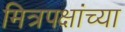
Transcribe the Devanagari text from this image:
मित्रपक्षांच्या